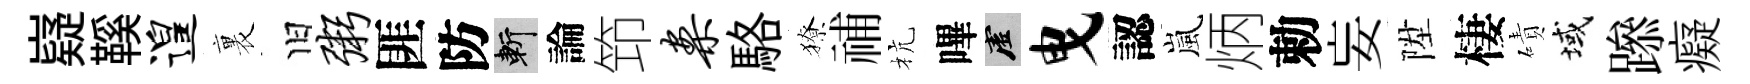
嶷鞵遑裏旧粥匪防斬論笻案駱獠𥙷杭嗶虚曳認嵐炳勅妄陞棲磧域𨅶癡